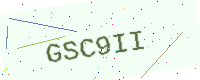
Text: GSC9II